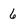
Character: 6